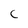
Character: C